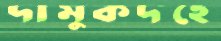
দামুকদহে